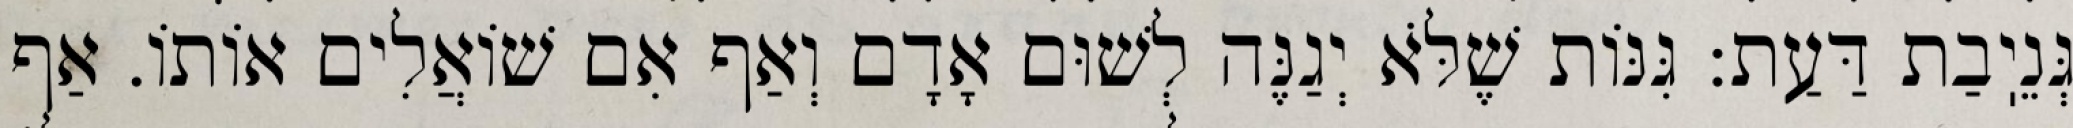
גְּנֵיֽבַת דַּעַת: גִּנּוֹת שֶׁלֹּא יְגַנֶּה לְשׁוּם אָדָם וְאַף אִם שׁוֹאֲלִים אוֹתוֹ. אַף